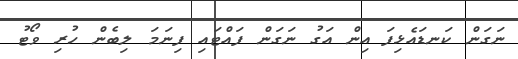
ނަގަން ކަނޑައެޅިފަ އިން އަގު ނަގަން ފައްޓައި ފިނަމަ ލިބެން ހުރި ވޯޓު